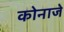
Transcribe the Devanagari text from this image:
कोनाजे